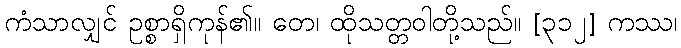
ကံသာလျှင် ဥစ္စာရှိကုန်၏။ တေ၊ ထိုသတ္တဝါတို့သည်။ [၃၁၂] ကဿ၊